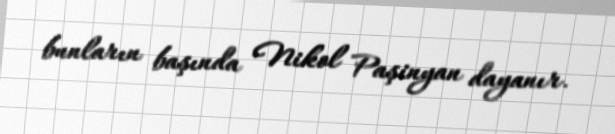
bunların başında Nikol Paşinyan dayanır.